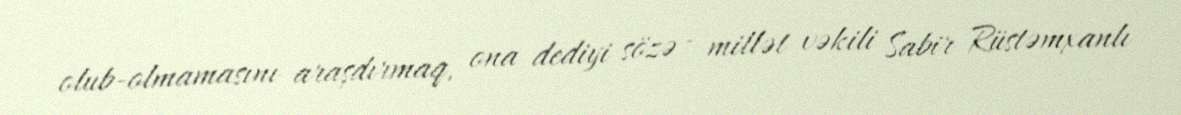
olub-olmamasını araşdırmaq, ona dediyi sözə - millət vəkili Sabir Rüstəmxanlı